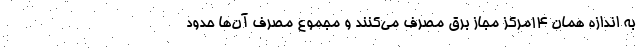
به اندازه همان ۱۴مرکز مجاز برق مصرف می‌کنند و مجموع مصرف آن‌ها حدود